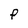
Character: P